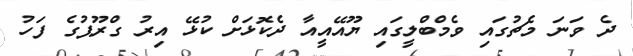
ދެ ވަނަ މެޗުގައި ވެމްބްލީގައި ޔޫއޭއީއާ ދެކޮޅަށް ކުޅޭ އިރު ގްރޫޕުގެ ފަހު